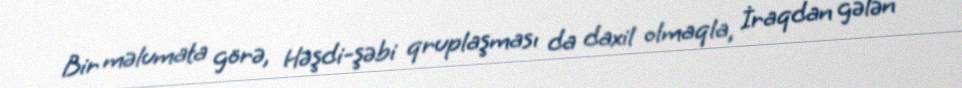
Bir məlumata görə, Həşdi-şəbi qruplaşması da daxil olmaqla, İraqdan gələn